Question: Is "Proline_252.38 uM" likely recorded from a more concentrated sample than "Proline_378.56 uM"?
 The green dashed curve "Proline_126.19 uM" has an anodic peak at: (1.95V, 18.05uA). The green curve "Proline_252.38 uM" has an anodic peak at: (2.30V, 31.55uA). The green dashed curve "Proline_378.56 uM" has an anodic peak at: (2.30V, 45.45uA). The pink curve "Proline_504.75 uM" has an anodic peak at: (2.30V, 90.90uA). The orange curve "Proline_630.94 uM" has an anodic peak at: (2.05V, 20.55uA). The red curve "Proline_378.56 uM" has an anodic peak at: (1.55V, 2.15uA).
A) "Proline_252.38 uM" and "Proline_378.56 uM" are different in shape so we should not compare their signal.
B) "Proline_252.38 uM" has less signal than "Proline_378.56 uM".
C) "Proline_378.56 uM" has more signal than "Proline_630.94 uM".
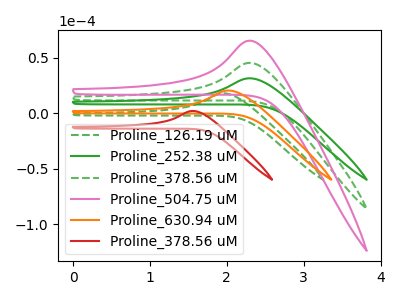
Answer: <think>All the peaks in "Proline_252.38 uM" have a peak in "Proline_378.56 uM" at the same potential. Every peak in "Proline_252.38 uM" is lower than every peak in "Proline_378.56 uM".
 </think>
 <answer>B) "Proline_252.38 uM" has less signal than "Proline_378.56 uM".</answer>
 <eval>B</eval>